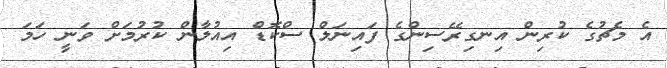
އެ މެޗުގެ ކުރިން އިނގިރޭސިންގެ ފައިނަލް ސްކޮޑް އިއުލާން ކުރުމަށް ވަނީ ހަމަ